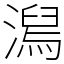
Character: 澙